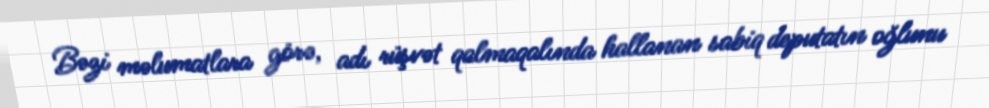
Bəzi məlumatlara görə, adı rüşvət qalmaqalında hallanan sabiq deputatın oğlunu